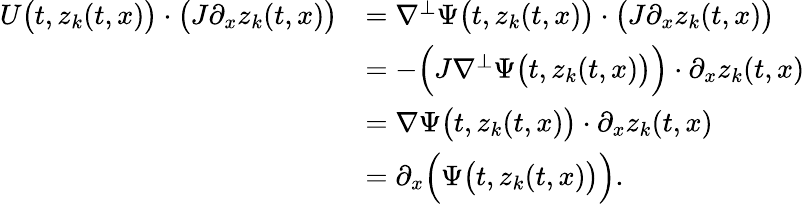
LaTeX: \begin{array}{rl}{U\big(t,z_{k}(t,x)\big)\cdot\big(J\partial_{x}z_{k}(t,x)\big)}&{=\nabla^{\perp}\Psi\big(t,z_{k}(t,x)\big)\cdot\big(J\partial_{x}z_{k}(t,x)\big)}\\ &{=-\Big(J\nabla^{\perp}\Psi\big(t,z_{k}(t,x)\big)\Big)\cdot\partial_{x}z_{k}(t,x)}\\ &{=\nabla\Psi\big(t,z_{k}(t,x)\big)\cdot\partial_{x}z_{k}(t,x)}\\ &{=\partial_{x}\Big(\Psi\big(t,z_{k}(t,x)\big)\Big).}\end{array}